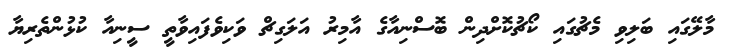
މާލޭގައި ބަލިވި މެޗުގައި ކޯޗުކޮށްދިން ބޮސްނިއާގެ އާމިރު އަލަގިޗް ވަކިވެފައިވާތީ ސީނިއާ ކުޅުންތެރިޔާ